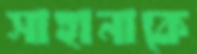
সাহানাকে